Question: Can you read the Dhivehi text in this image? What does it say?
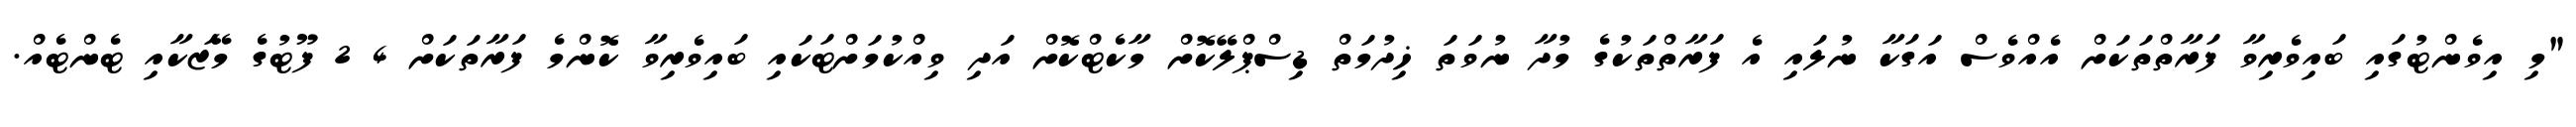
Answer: "މި އިވެންޓުގައި ބައިވެރިވާ ފަރާތްތަކަށް އެއްވެސް އަގަކާ ނުލައި އެ ފަރާތްތަކުގެ މުދާ ނުވަތަ ޚިދުމަތް ޑިސްޕްލޭކޮށް މާކެޓްކޮށް އަދި ވިއްކުމަށްޓަކައި ބައިވެރިވާ ކޮންމެ ފަރާތަކަށް 4 2 ފޫޓުގެ މޭޒަކާއި ޓެންޓެއް.